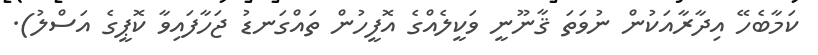
ކަމާބެހޭ އިދާރާއަކުން ނުވަތަ ޤާނޫނީ ވަކީލެއްގެ އޮފީހުން ތައްގަނޑު ޖަހާފައިވާ ކޮޕީގެ އަސްލު).